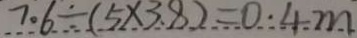
7 。 6 \div ( 5 \times 3 . 8 ) = 0 . 4 m